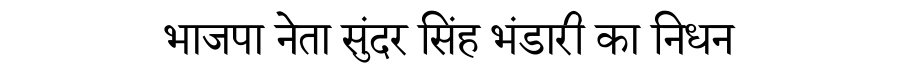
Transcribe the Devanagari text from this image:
भाजपा नेता सुंदर सिंह भंडारी का निधन